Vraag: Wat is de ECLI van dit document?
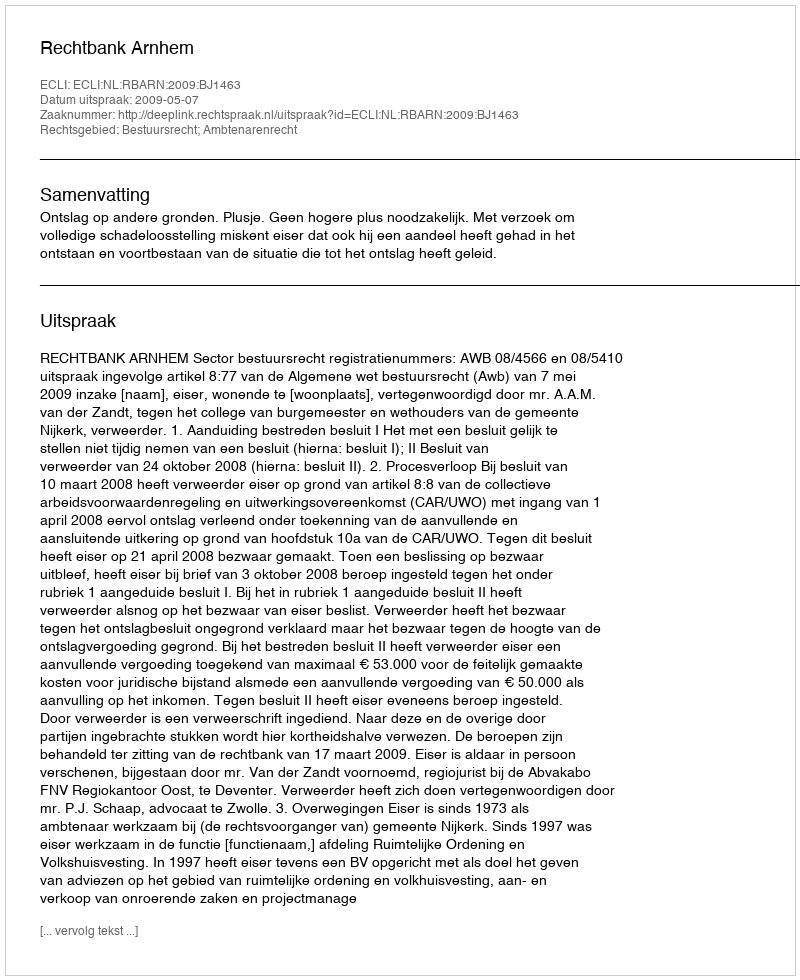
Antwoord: ECLI:NL:RBARN:2009:BJ1463